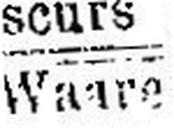
Waare